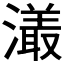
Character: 𤀡